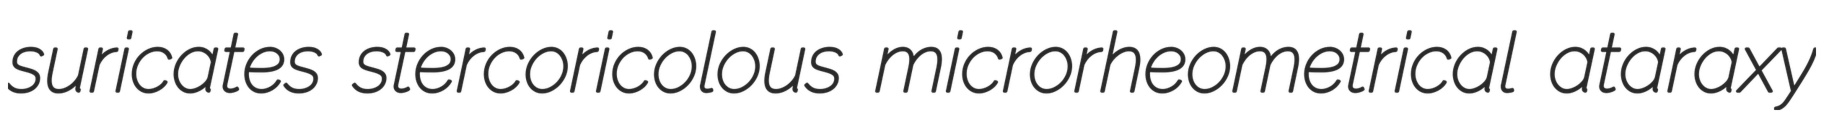
suricates stercoricolous microrheometrical ataraxy